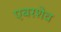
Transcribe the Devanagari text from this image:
एबरशेव